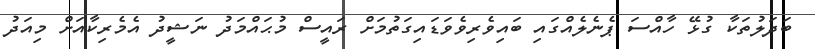
ބަދަލުތަކާ ގުޅޭ ހާއްސަ ޕެނެލެއްގައި ބައިވެރިވެވަޑައިގަތުމަށް ރައީސް މުޙައްމަދު ނަޝީދު އެމެރިކާއަށް މިއަދު